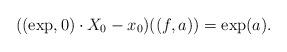
LaTeX: \begin{align*}((\exp,0)\cdot X_0-x_0)((f,a))=\exp(a).\end{align*}